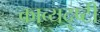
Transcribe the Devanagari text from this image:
काव्यदृष्टी